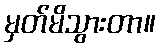
မှတ်မိသွားတာ။